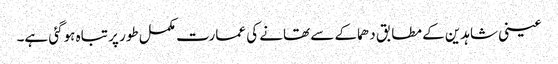
عینی شاہدین کے مطابق دھماکے سے تھانے کی عمارت مکمل طور پر تباہ ہوگئی ہے۔